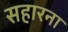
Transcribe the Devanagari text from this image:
सहारना